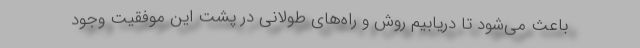
باعث می‌شود تا دریابیم روش و راه‌های طولانی در پشت این موفقیت وجود